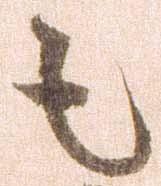
足